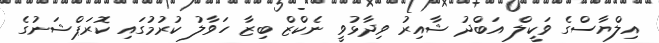
އިލްޔާސްގެ ވަކީލް އަބްދު ޝާއިރު ވިދާޅުވީ ނެކްޒް ބިޒާ ހަވާލު ކުރުމުގައި ކޮރަޕްޝަނުގެ